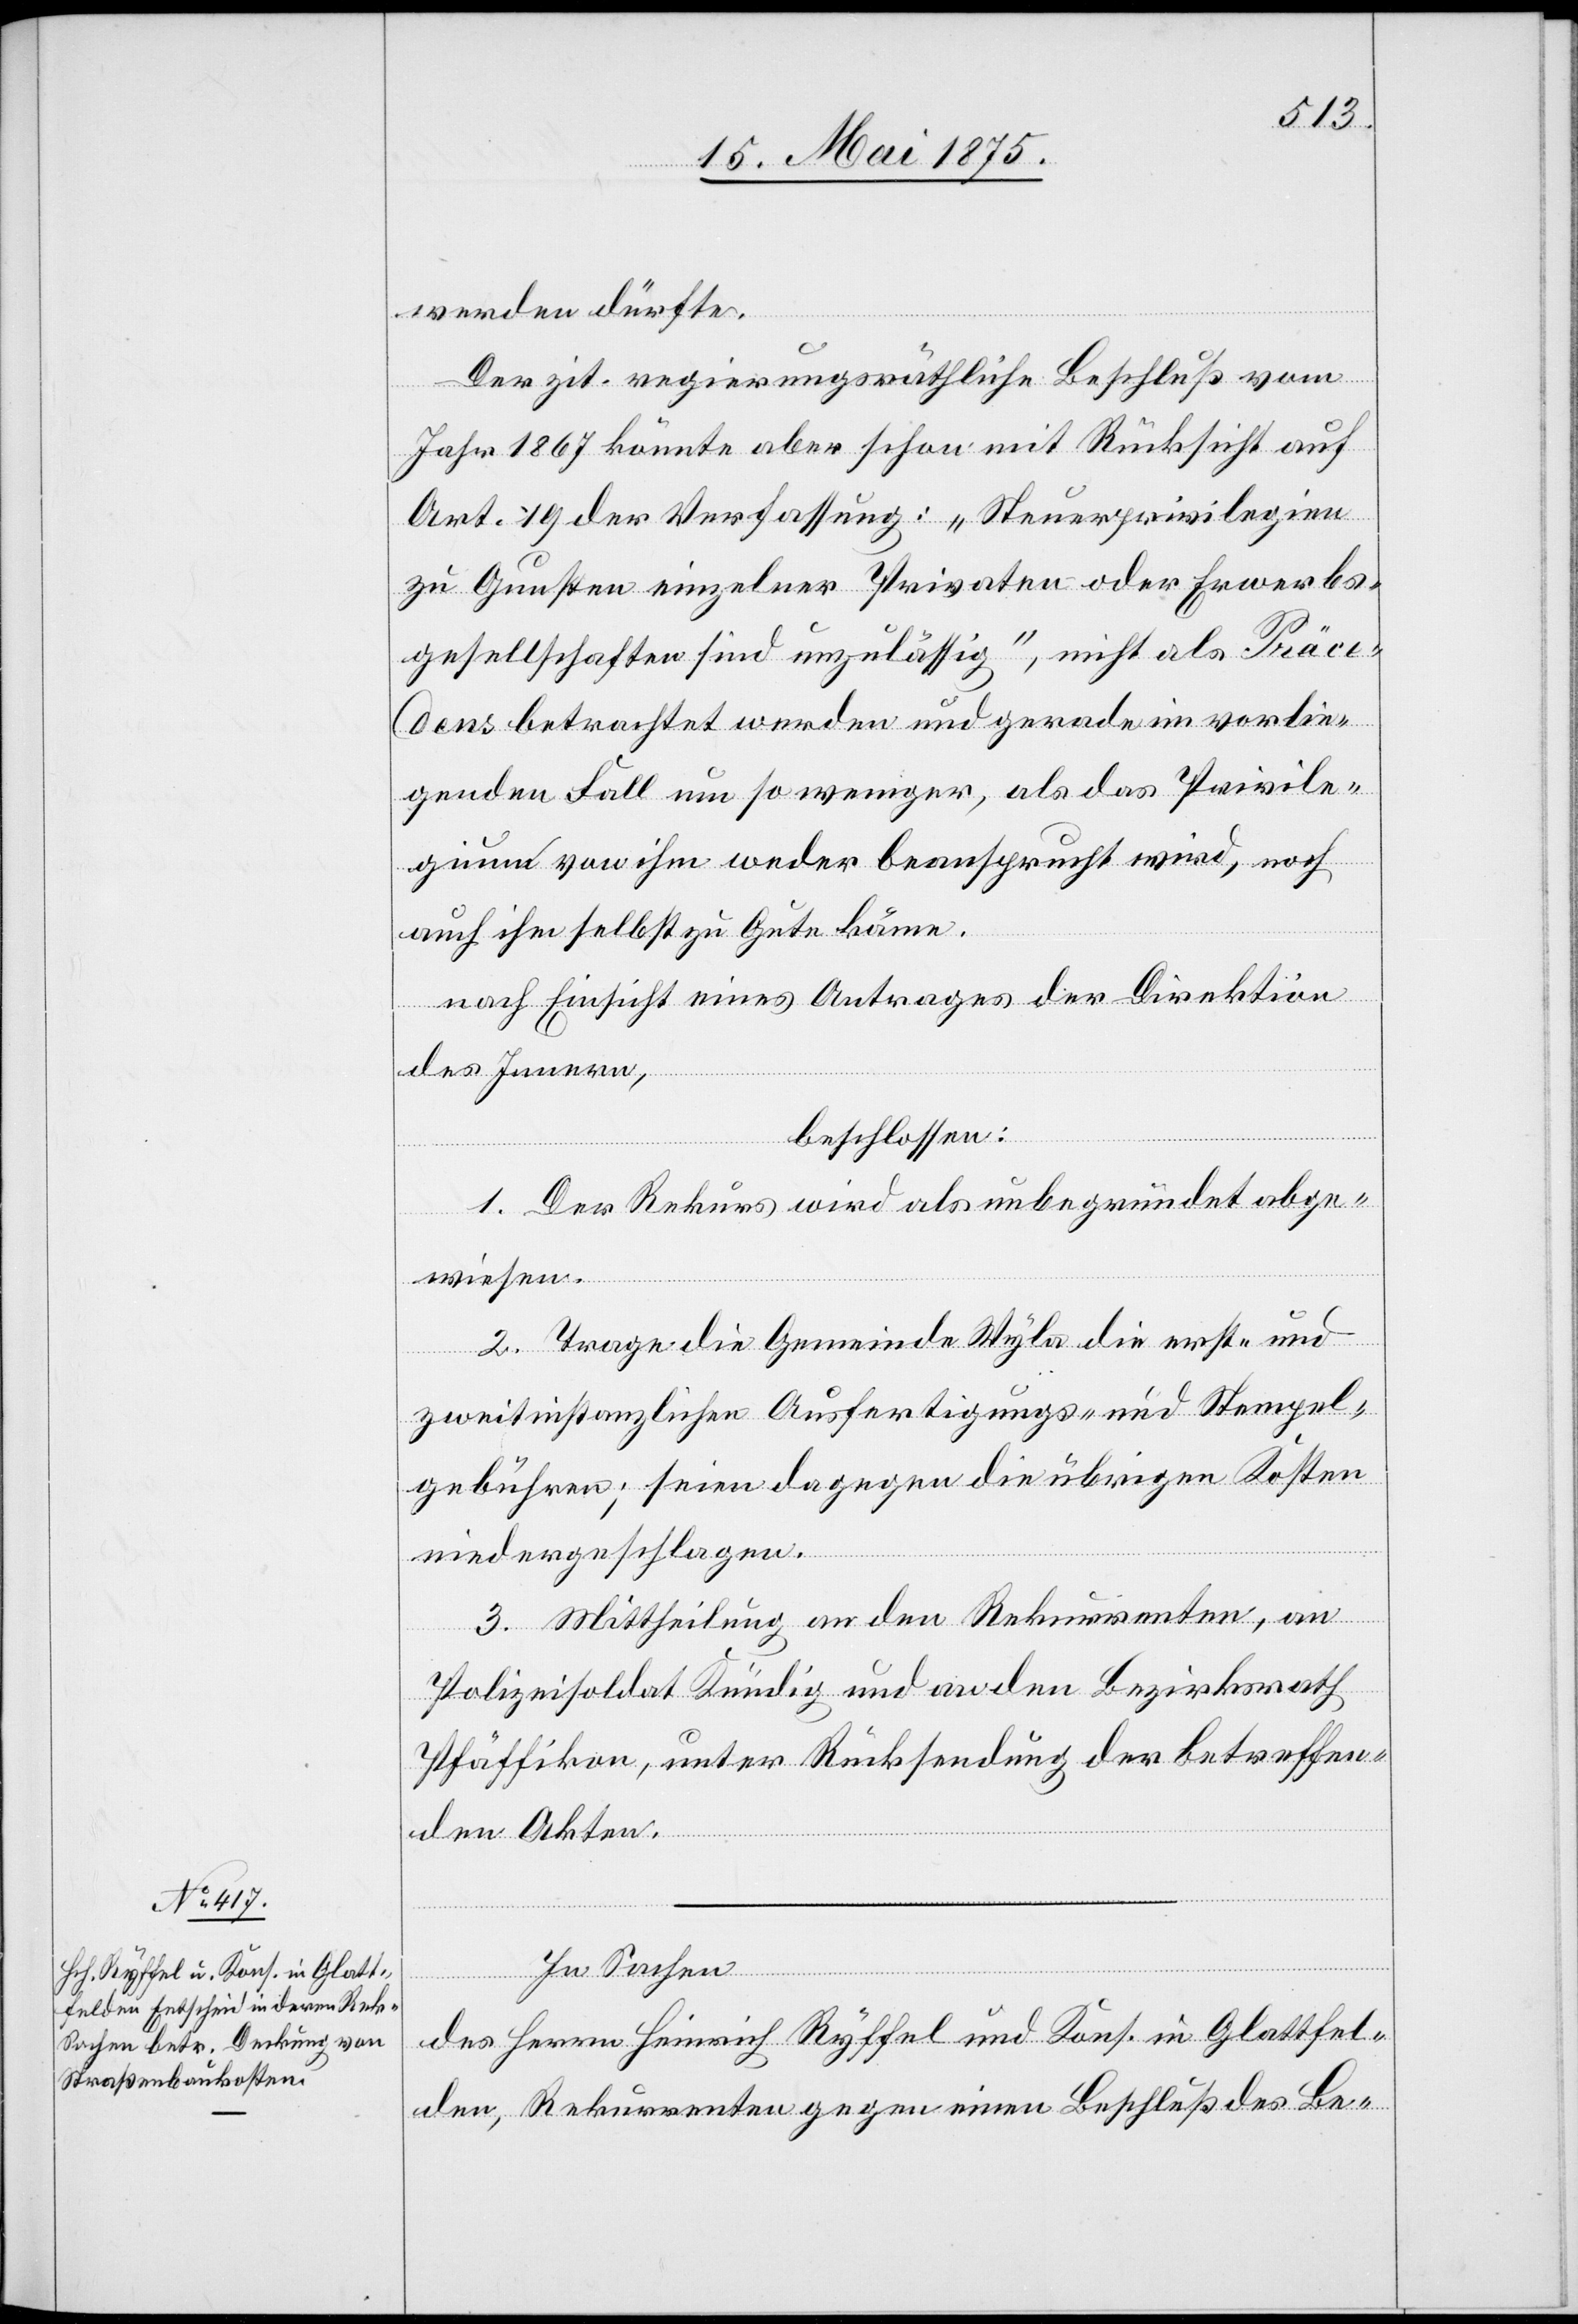
werden dürfte.
Der zit. regierungsräthliche Beschluß vom
Jahr 1867 könnte aber schon mit Rücksicht auf
Art. 19 der Verfassung: „Steuerprivilegien
zu Gunsten einzelner Privaten oder Erwerbs¬
gesellschaften sind unzulässig“, nicht als Präce¬
dens betrachtet werden und gerade im vorlie¬
genden Fall um so weniger, als das Privile¬
gium von ihm weder beansprucht wird, noch
auch ihm selbst zu Gute käme.
nach Einsicht eines Antrages der Direktion
des Innern,
beschlossen:
1. Der Rekurs wird als unbegründet abge¬
wiesen.
2. Trage die Gemeinde Wyla die erst- und
zweitinstanzlichen Ausfertigungs-und Stempel¬
gebühren; seien dagegen die übrigen Kosten
niedergeschlagen.
3. Mittheilung an den Rekurrenten, an
Polizeisoldat Kündig und an den Bezirksrath
Pfäffikon, unter Rücksendung der betreffen¬
den Akten.
In Sachen
des Herrn Heinrich Ryffel und Kons. in Glattfel¬
den, Rekurrenten gegen einen Beschluß des Be-